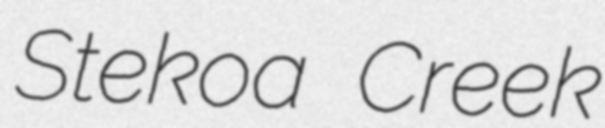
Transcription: Stekoa Creek